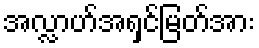
အလ္လာဟ်အရှင်မြတ်အား